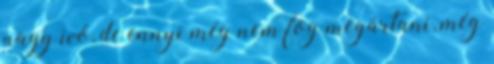
nagy ivó, de ennyi még nem fog megártani, még